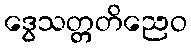
ဒွေသတ္တတိညေဝ